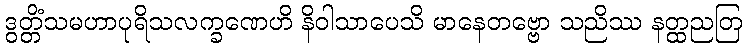
ဒွတ္တိံသမဟာပုရိသလက္ခဏေဟိ နိဝါသာပေသိ မာနေတဗ္ဗော သညိဿ နတ္ထညတြ